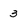
Character: 3